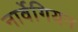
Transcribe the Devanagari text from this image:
नार्वेगियन